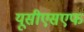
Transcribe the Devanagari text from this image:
यूसीएसएफ